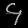
Digit: ၄